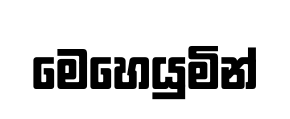
මෙහෙයුමින්